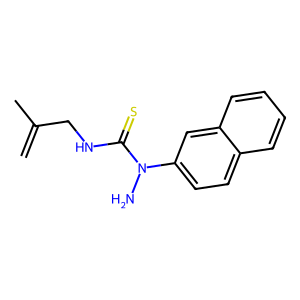
SMILES: C=C(C)CNC(=S)N(N)c1ccc2ccccc2c1
Inhibits HIV replication: No